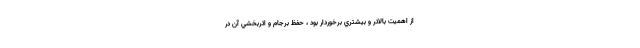
از اهميت بالاتر و بيشتري برخوردار بود ، حفظ برجام و اثربخشي آن در